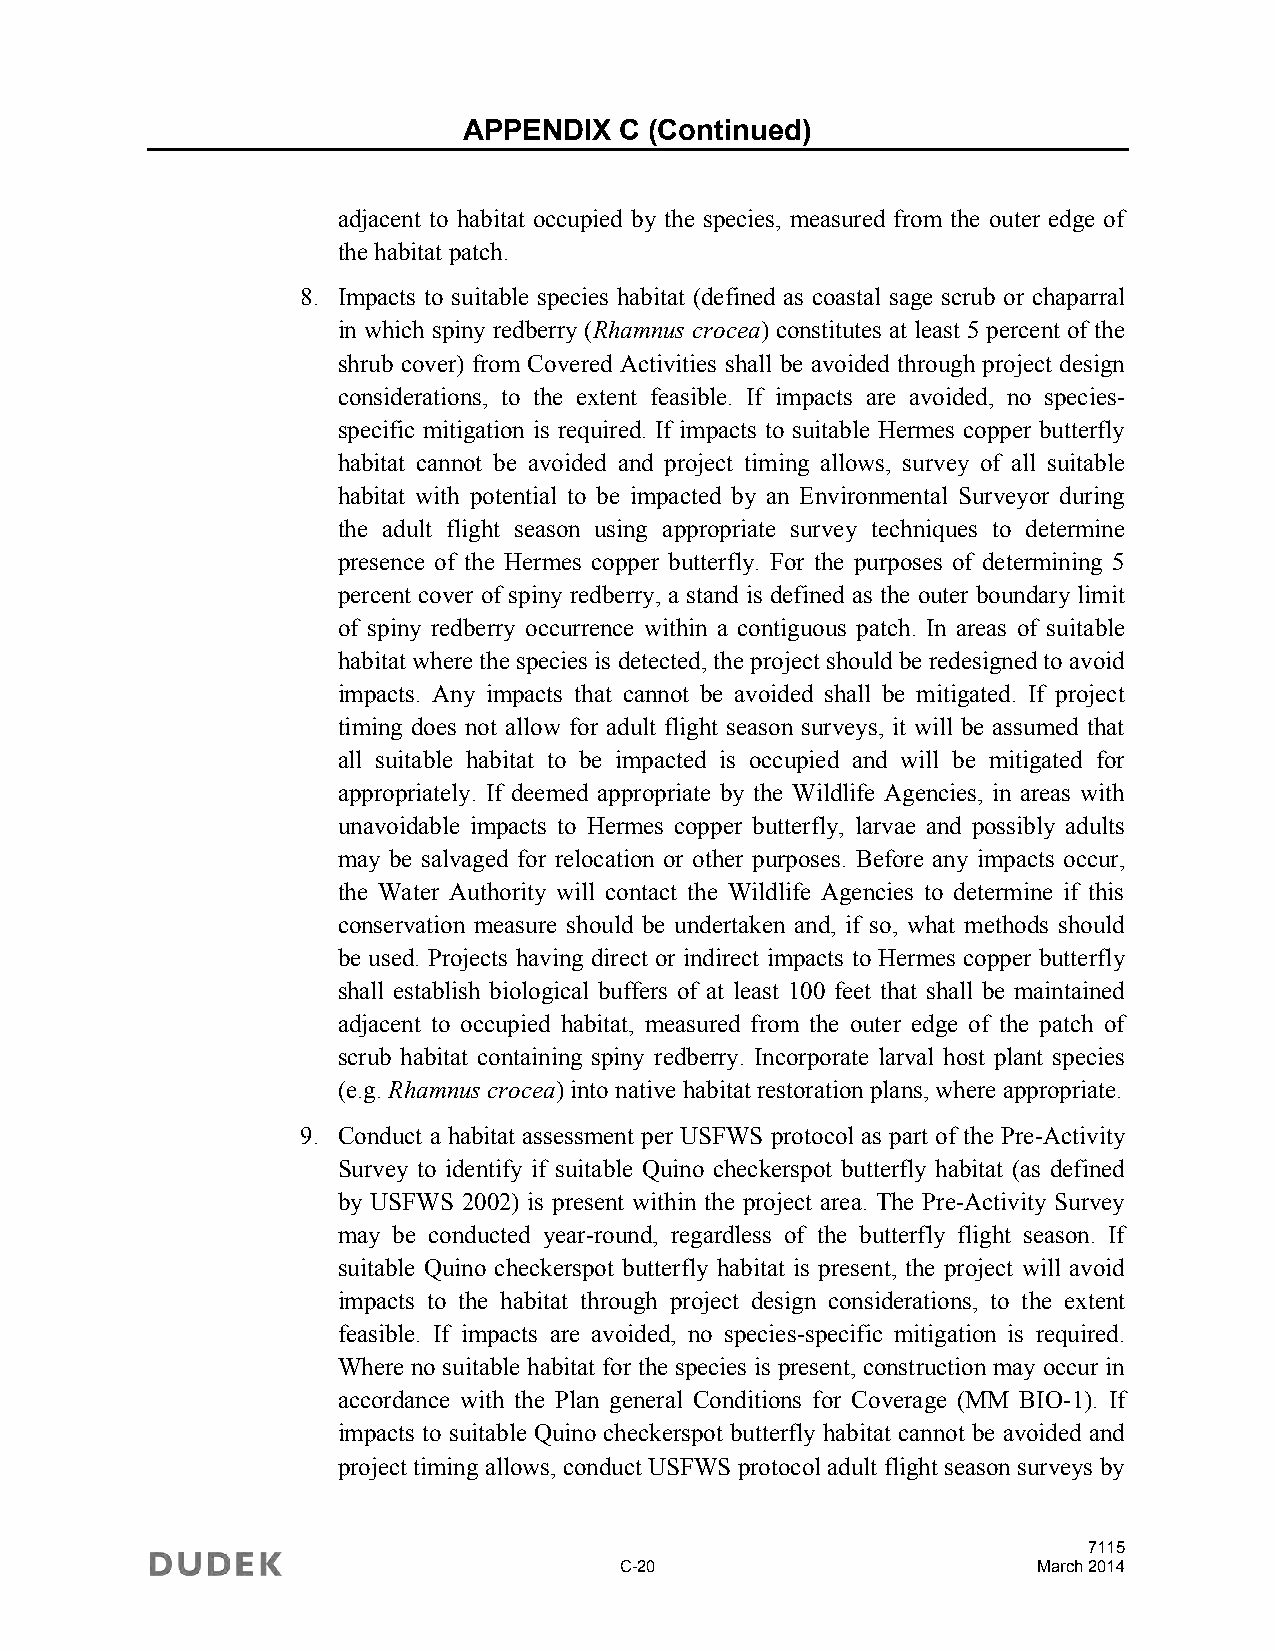
APPENDIX  C (Continued)
 adjacent to habitat occupied by the species, measured from the outer edge of
 the habitat patch.
 8. Impacts to suitable species habitat (defined as coastal sage scrub or chaparral
 in which spiny redberry (Rhamnus crocea) constitutes at least 5 percent of the
 shrub cover) from Covered Activities shall be avoided through project design
 considerations, to the extent feasible. If impacts are avoided, no species-
 specific mitigation is required. If impacts to suitable Hermes copper butterfly
 habitat cannot be avoided and project timing allows, survey of all suitable
 habitat with potential to be impacted by an Environmental Surveyor during
 the adult flight season using appropriate survey techniques to determine
 presence of the Hermes copper butterfly. For the purposes of determining 5
 percent cover of spiny redberry, a stand is defined as the outer boundary limit
 of spiny redberry occurrence within a contiguous patch. In areas of suitable
 habitat where the species is detected, the project should be redesigned to avoid
 impacts. Any impacts that cannot be avoided shall be mitigated. If project
 timing does not allow for adult flight season surveys, it will be assumed that
 all suitable habitat to be impacted is occupied and will be mitigated for
 appropriately. If deemed appropriate by the Wildlife Agencies, in areas with
 unavoidable impacts to Hermes copper butterfly, larvae and possibly adults
 may be salvaged for relocation or other purposes. Before any impacts occur,
 the Water Authority will contact the Wildlife Agencies to determine if this
 conservation measure should be undertaken and, if so, what methods should
 be used. Projects having direct or indirect impacts to Hermes copper butterfly
 shall establish biological buffers of at least 100 feet that shall be maintained
 adjacent to occupied habitat, measured from the outer edge of the patch of
 scrub habitat containing spiny redberry. Incorporate larval host plant species
 (e.g. Rhamnus crocea) into native habitat restoration plans, where appropriate.
 9. Conduct a habitat assessment per USFWS protocol as part of the Pre-Activity
 Survey to identify if suitable Quino checkerspot butterfly habitat (as defined
 by USFWS 2002) is present within the project area. The Pre-Activity Survey
 may be conducted year-round, regardless of the butterfly flight season. If
 suitable Quino checkerspot butterfly habitat is present, the project will avoid
 impacts to the habitat through project design considerations, to the extent
 feasible. If impacts are avoided, no species-specific mitigation is required.
 Where no suitable habitat for the species is present, construction may occur in
 accordance with the Plan general Conditions for Coverage (MM BIO-1). If
 impacts to suitable Quino checkerspot butterfly habitat cannot be avoided and
 project timing allows, conduct USFWS protocol adult flight season surveys by
 7115
 C-20                        March 2014